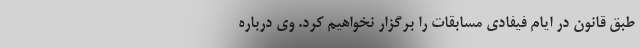
طبق قانون در ایام فیفادی مسابقات را برگزار نخواهیم کرد. وی درباره